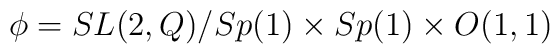
\phi = SL(2,Q)/Sp(1)\times Sp(1)\times O(1,1)